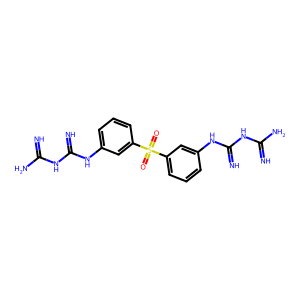
SMILES: N=C(N)NC(=N)Nc1cccc(S(=O)(=O)c2cccc(NC(=N)NC(=N)N)c2)c1
Inhibits HIV replication: No